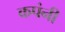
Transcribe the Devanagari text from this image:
कपंनी